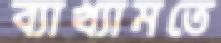
ব্যাখ্যামতে